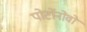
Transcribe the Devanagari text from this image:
पोर्टोनोवो